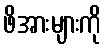
ဖိအားများကို